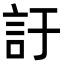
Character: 訏